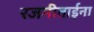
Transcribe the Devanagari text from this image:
रजनीताईना